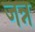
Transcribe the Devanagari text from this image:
जन्न